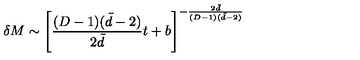
\delta M \sim \left[ \frac { ( D - 1 ) ( \tilde { d } - 2 ) } { 2 \tilde { d } } t + b \right] ^ { - \frac { 2 \tilde { d } } { ( D - 1 ) ( \tilde { d } - 2 ) } }